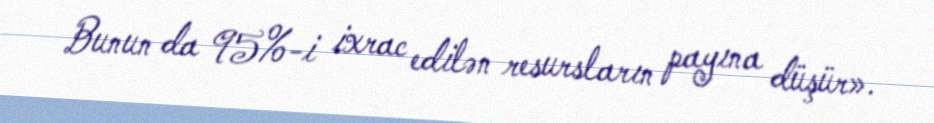
Bunun da 95%-i ixrac edilən resursların payına düşür».